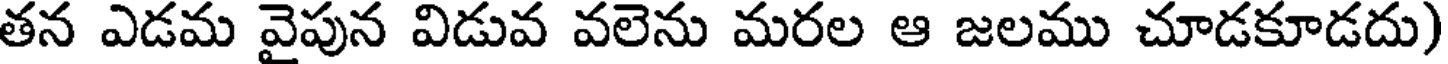
తన ఎడమ వైపున విడువ వలెను మరల ఆ జలము చూడకూడదు)